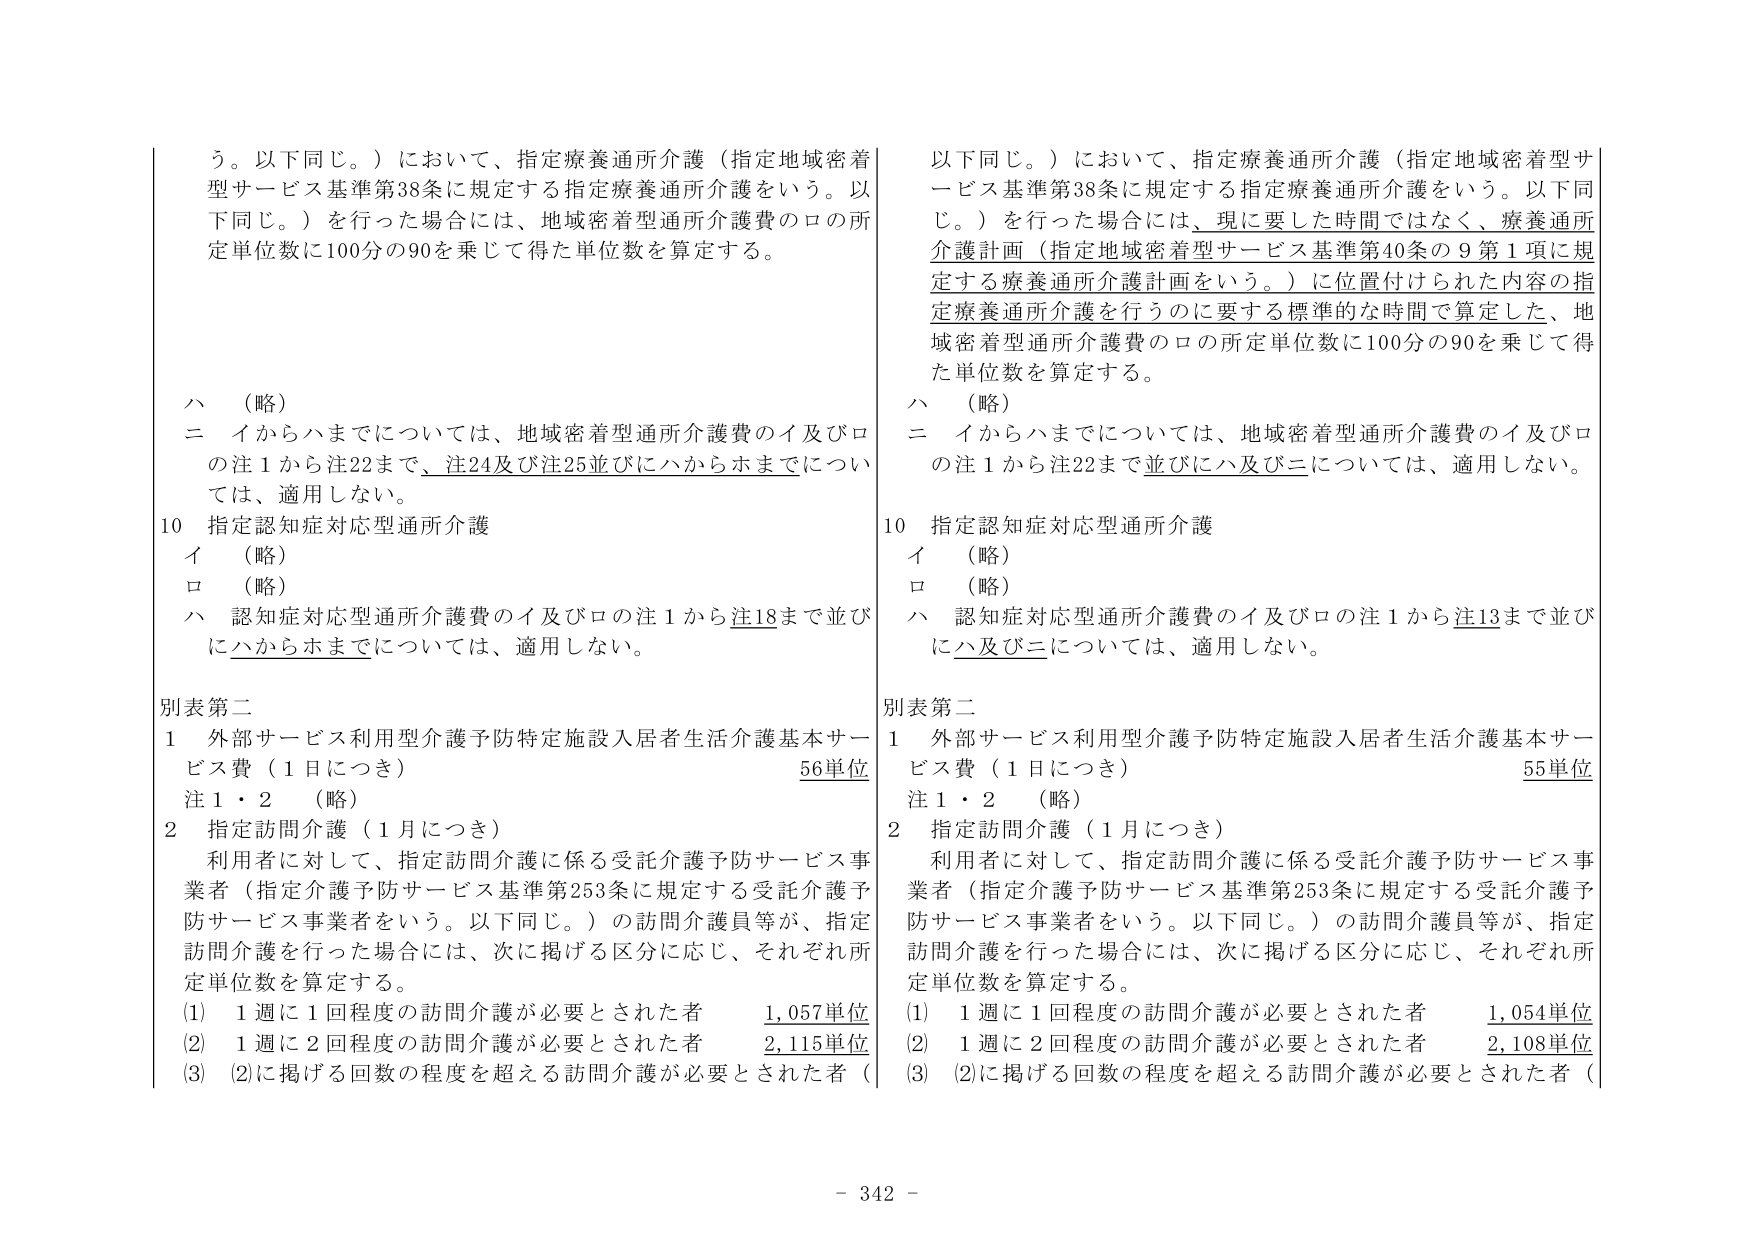
う。以下同じ。）において、指定療養通所介護（指定地域密着型サービス基準第38条に規定する指定療養通所介護をいう。以下同じ。）を行った場合には、地域密着型通所介護費のロの所定単位数に100分の90を乗じて得た単位数を算定する。

ハ （略）
ニ イからハまでについては、地域密着型通所介護費のイ及びロの注1から注22まで、注24及び注25並びにハからホまでについては、適用しない。

10 指定認知症対応型通所介護
イ （略）
ロ （略）
ハ 認知症対応型通所介護費のイ及びロの注1から注18まで並びにハからホまでについては、適用しない。

別表第二
1 外部サービス利用型介護予防特定施設入居者生活介護基本サービス費（1日につき） 56単位
注1・2 （略）
2 指定訪問介護（1月につき）
利用者に対して、指定訪問介護に係る受託介護予防サービス事業者（指定介護予防サービス基準第253条に規定する受託介護予防サービス事業者をいう。以下同じ。）の訪問介護員等が、指定訪問介護を行った場合には、次に掲げる区分に応じ、それぞれ所定単位数を算定する。
(1) 1週に1回程度の訪問介護が必要とされた者 1,057単位
(2) 1週に2回程度の訪問介護が必要とされた者 2,115単位
(3) (2)に掲げる回数の程度を超える訪問介護が必要とされた者（

以下同じ。）において、指定療養通所介護（指定地域密着型サービス基準第38条に規定する指定療養通所介護をいう。以下同じ。）を行った場合には、現に要した時間ではなく、療養通所介護計画（指定地域密着型サービス基準第40条の9第1項に規定する療養通所介護計画をいう。）に位置付けられた内容の指定療養通所介護を行うのに要する標準的な時間で算定した、地域密着型通所介護費のロの所定単位数に100分の90を乗じて得た単位数を算定する。

ハ （略）
ニ イからハまでについては、地域密着型通所介護費のイ及びロの注1から注22まで並びにハ及びニについては、適用しない。

10 指定認知症対応型通所介護
イ （略）
ロ （略）
ハ 認知症対応型通所介護費のイ及びロの注1から注13まで並びにハ及びニについては、適用しない。

別表第二
1 外部サービス利用型介護予防特定施設入居者生活介護基本サービス費（1日につき） 55単位
注1・2 （略）
2 指定訪問介護（1月につき）
利用者に対して、指定訪問介護に係る受託介護予防サービス事業者（指定介護予防サービス基準第253条に規定する受託介護予防サービス事業者をいう。以下同じ。）の訪問介護員等が、指定訪問介護を行った場合には、次に掲げる区分に応じ、それぞれ所定単位数を算定する。
(1) 1週に1回程度の訪問介護が必要とされた者 1,054単位
(2) 1週に2回程度の訪問介護が必要とされた者 2,108単位
(3) (2)に掲げる回数の程度を超える訪問介護が必要とされた者（

- 342 -